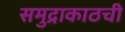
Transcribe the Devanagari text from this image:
समुद्राकाठची